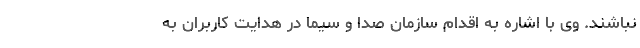
نباشند. وی با اشاره به اقدام سازمان صدا و سیما در هدایت کاربران به